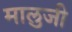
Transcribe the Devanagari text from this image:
मालुजी